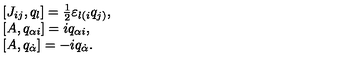
\begin{array} { l } { [ J _ { i j } , q _ { l } ] = \frac { 1 } { 2 } \varepsilon _ { l ( i } q _ { j ) } , } \\ { [ A , q _ { \alpha i } ] = i q _ { \alpha i } , } \\ { [ A , q _ { \dot { \alpha } } ] = - i q _ { \dot { \alpha } } . } \\ \end{array}